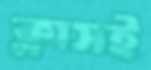
ক্লাসই